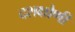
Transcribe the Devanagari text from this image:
दशक्षोणी